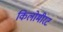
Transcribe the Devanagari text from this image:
किलोमीरट